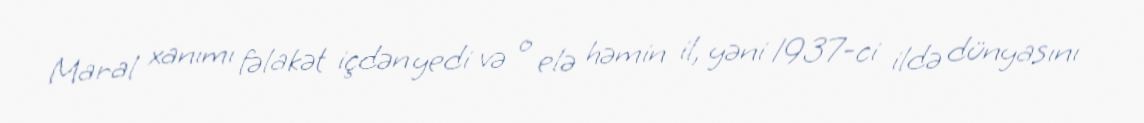
Maral xanımı fəlakət içdən yedi və o elə həmin il, yəni 1937-ci ildə dünyasını